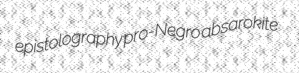
epistolography pro-Negro absarokite